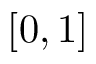
[ 0 , 1 ]